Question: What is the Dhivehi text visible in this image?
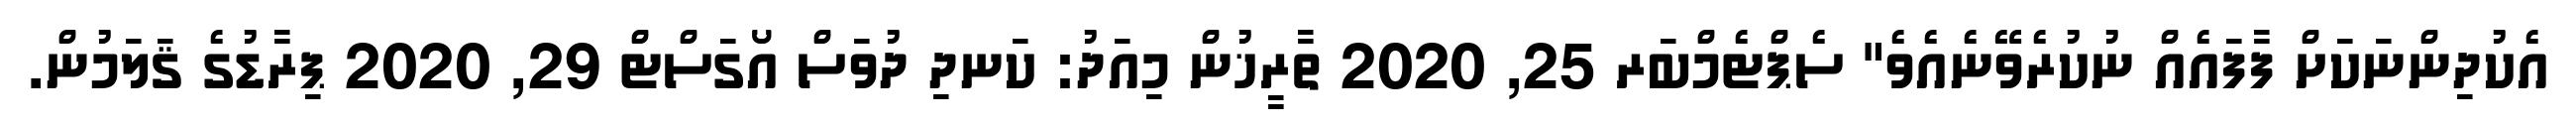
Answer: އެކުދިންނަކަށް ފާފައެއް ނުކުރެވޭނެއެވެ" ސެޕްޓެމްބަރ 25, 2020 ތާރީޚުން މިއަދު: ކަނދި ދުވަސް އޯގަސްޓް 29, 2020 ޕިރާޑުގެ ޤަލަމުން.